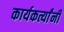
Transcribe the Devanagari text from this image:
कार्यकर्त्यांंनी